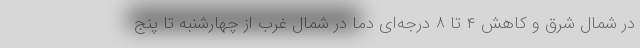
در شمال شرق و کاهش ۴ تا ۸ درجه‌ای دما در شمال غرب از چهارشنبه تا پنج